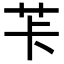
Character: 𦭌